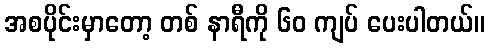
အစပိုင်းမှာတော့ တစ် နာရီကို ၆၀ ကျပ် ပေးပါတယ်။